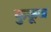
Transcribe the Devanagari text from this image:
कुकूज